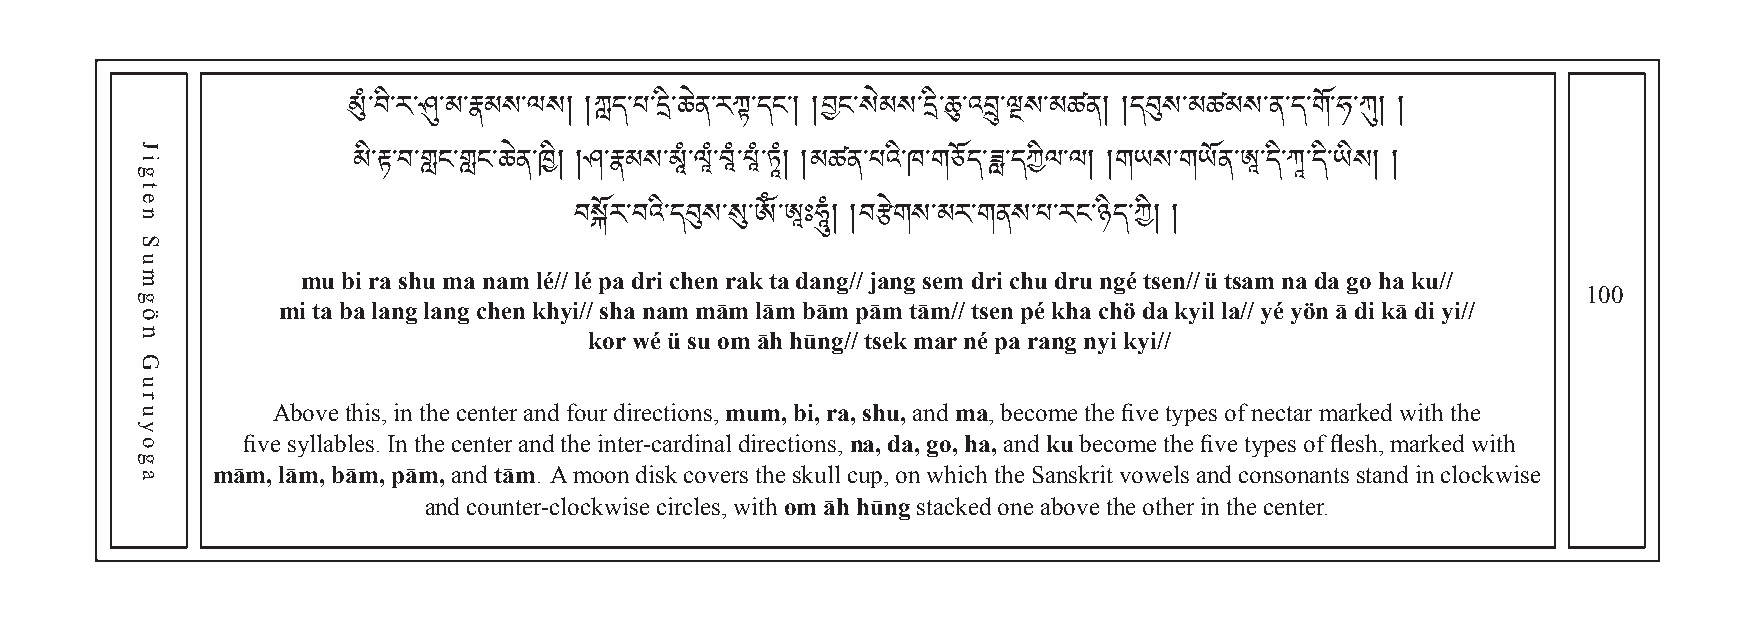
མུཾ་བི་ར་ཤུ་མ་རྣམས་ལས། །ཀླད་པ་དི་ཆེན་རཀྟ ་ད ང ༌ ། །བང་སེམས་དི་ཆུ་འབྲུ་ལྔས་མཚན། །དབུས་མཚམས་ན་ད་གོ་ཧ་ཀུ། །
 མི་རྟ་བ་གླང་གླང་ཆེན་ཁི། །ཤ་རྣམས་མཱཾ་ལཱཾ་བཱཾ་པཱཾ་ཏཱཾ། །མཚན་པའི་ཁ་གཅོད་ཟླ་དཀིལ་ལ། །གཡས་གཡོན་ཨཱ་དི་ཀཱ་དི་ཡིས། །
 mu bi ra shu ma nam lé// བléས pོརa ་dབrའi ི་cདhབུeསn ་rསུa་kༀ ta་ཨཱ dཿaཧཱུnཾ།g /།/བ jརྩanེགgས s་eམmར d་གriན cསh་uཔ d་རrངu་ ཉnིདgé་ཀ tsི།e །n// ü tsam na da go ha ku//
 100
 mi ta ba lang lang chen khyi// sha nam mām lām bām pām tām// tsen pé kha chö da kyil la// yé yön ā di kā di yi//
 kor wé ü su om āh hūng// tsek mar né pa rang nyi kyi//
 Above this, in the center and four directions, mum, bi, ra, shu, and ma, become the five types of nectar marked with the
 five syllables. In the center and the inter-cardinal directions, na, da, go, ha, and ku become the five types of flesh, marked with
 mām, lām, bām, pām, and tām. A moon disk covers the skull cup, on which the Sanskrit vowels and consonants stand in clockwise
 and counter-clockwise circles, with om āh hūng stacked one above the other in the center.
 Jigten
 Sumgön
 Guruyoga